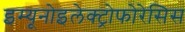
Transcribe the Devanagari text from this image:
इम्यूनोइलेक्ट्रोफोरेसिस